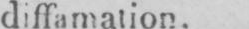
diffamation.